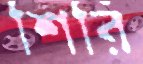
শিরিঁ